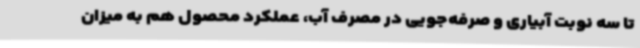
تا سه نوبت آبیاری و صرفه‌جویی در مصرف آب، عملکرد محصول هم به میزان